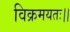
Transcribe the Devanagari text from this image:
विक्रमयतः।।